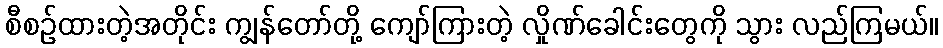
စီစဉ်ထားတဲ့အတိုင်း ကျွန်တော်တို့ ကျော်ကြားတဲ့ လှိုဏ်ခေါင်းတွေကို သွား လည်ကြမယ်။